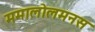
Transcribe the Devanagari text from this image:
ममालोलमनस